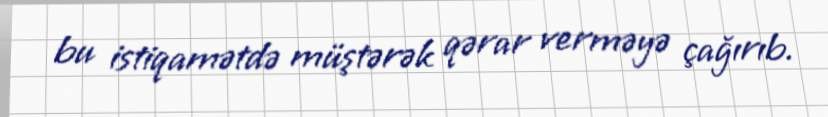
bu istiqamətdə müştərək qərar verməyə çağırıb.